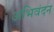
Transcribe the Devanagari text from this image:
अभिवंदन